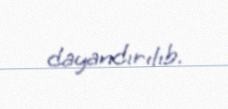
dayandırılıb.